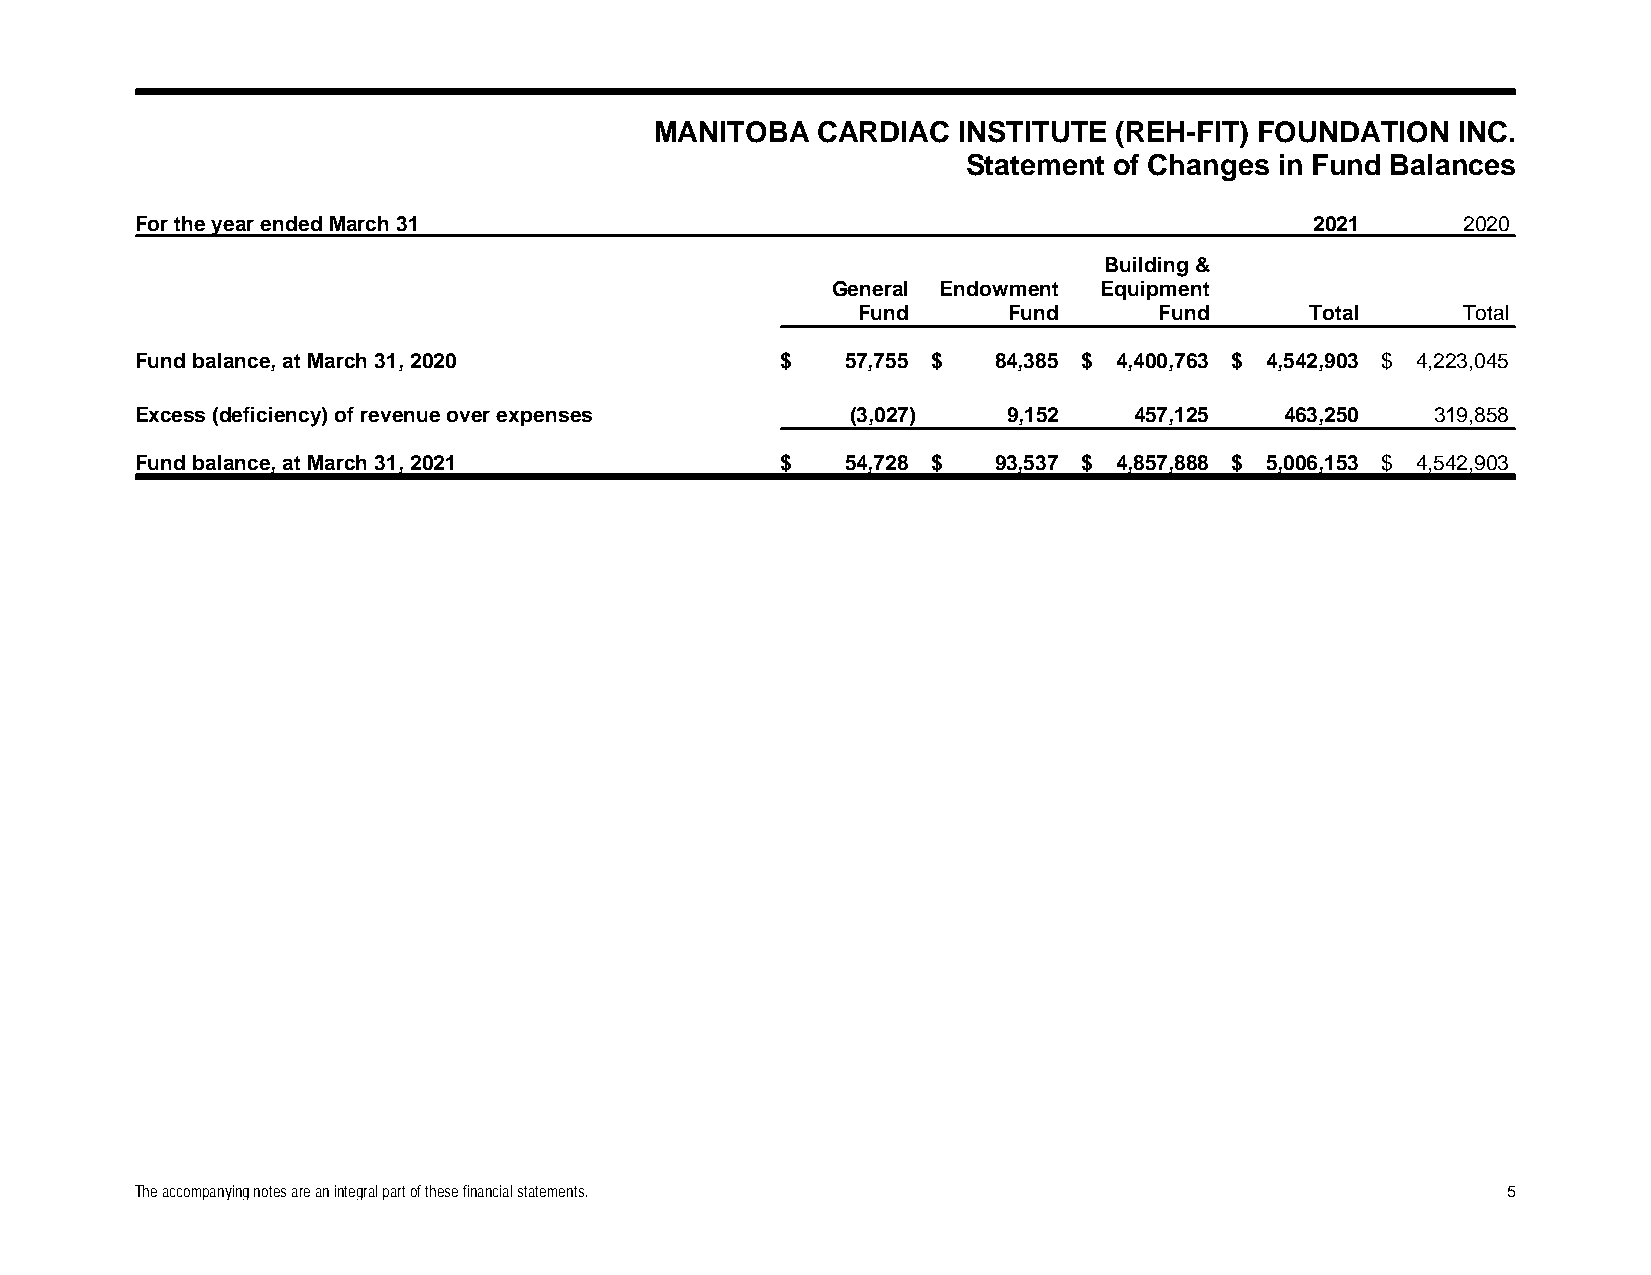
MANITOBA   CARDIAC  INSTITUTE  (REH-FIT) FOUNDATION  INC.
 Statement of Changes in Fund Balances
 For the year endedMarch 31                                                    2021      2020
 Building &
 General Endowment Equipment
 Fund      Fund      Fund      Total     Total
 Fund balance, at March 31,2020             $   57,755 $  84,385 $ 4,400,763 $ 4,542,903 $ 4,223,045
 Excess (deficiency) of revenue over expenses   (3,027)    9,152   457,125   463,250   319,858
 Fund balance, at March 31,2021             $   54,728 $  93,537 $ 4,857,888 $ 5,006,153 $ 4,542,903
 The accompanying notes are an integral part of these financial statements.                 5